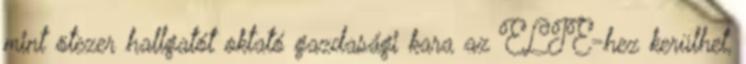
mint ötezer hallgatót oktató gazdasági kara az ELTE-hez kerülhet,